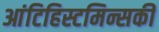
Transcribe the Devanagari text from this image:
आंटिहिस्टमिन्सकी